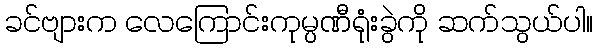
ခင်ဗျားက လေကြောင်းကုမ္ပဏီရုံးခွဲကို ဆက်သွယ်ပါ။